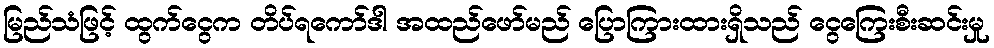
မြည်သံဖြင့် ထွက်ငွေက တိပ်ရကော်ဒါ အထည်ဖော်မည် ပြောကြားထားရှိသည် ငွေကြေးစီးဆင်းမှု